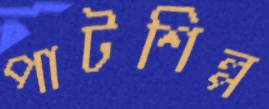
পাটশিল্প